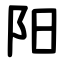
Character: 阳